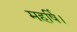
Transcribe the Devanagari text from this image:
महर्षि।